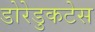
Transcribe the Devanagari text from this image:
डोरेडुकटेस